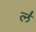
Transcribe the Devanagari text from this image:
ल॑